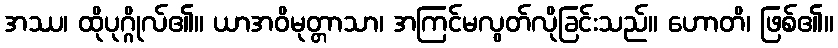
အဿ၊ ထိုပုဂ္ဂိုလ်၏။ ယာအဝိမုတ္တာသာ၊ အကြင်မလွတ်လိုခြင်းသည်။ ဟောတိ၊ ဖြစ်၏။